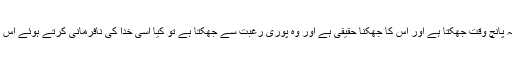
ایک شخص جب خدا کے سامنے روزانہ پانچ وقت جھکتا ہے اور اس کا جھکنا حقیقی ہے اور وہ پوری رغبت سے جھکتا ہے تو کیا اسی خدا کی نافرمانی کرتے ہوئے اس کا ضمیر اس کو ملامت نہیں کرے گا؟